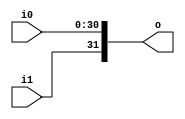
/* Generated by Yosys 0.43+11 (git sha1 49f547782, clang++ 14.0.0-1ubuntu1.1 -fPIC -Os) */
module v51b3c0_v9a2a06(i1, i0, o);
  input [30:0] i0;
  wire [30:0] i0;
  input i1;
  wire i1;
  output [31:0] o;
  wire [31:0] o;
  assign o = { i1, i0 };
endmodule